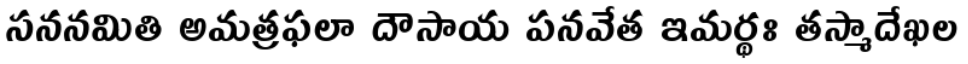
సననమితి అమత్రఫలా దౌసాయ పనవేత ఇమర్థః తస్మాదేఖల